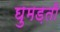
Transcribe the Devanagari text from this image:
घुमड़ती